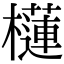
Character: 櫣